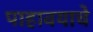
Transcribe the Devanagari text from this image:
पाहावयाचे